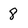
Character: 8